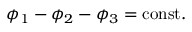
\phi _ { 1 } - \phi _ { 2 } - \phi _ { 3 } = \mathrm { c o n s t . }